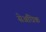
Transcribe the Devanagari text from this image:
सेअधिक